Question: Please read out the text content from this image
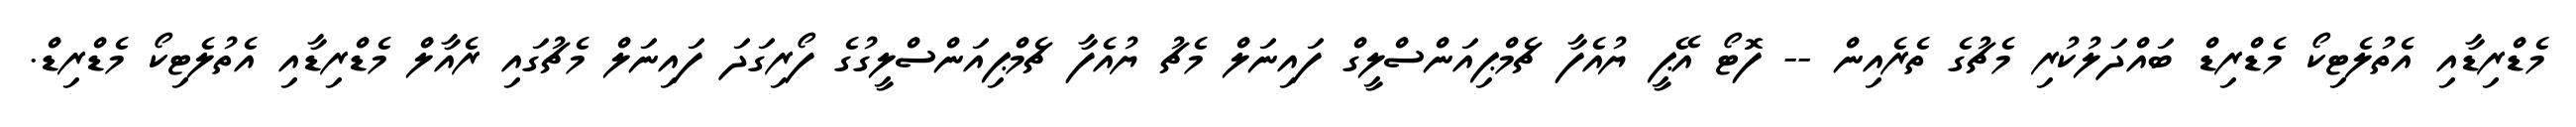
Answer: މެޑްރިޑާއި އެތުލެޓިކޯ މެޑްރިޑް ބައްދަލުކުރި މެޗުގެ ތެރެއިން -- ފޮޓޯ އޭޕީ ޔުއެފާ ޗެމްޕިއަންސްލީގް ފައިނަލް މެޗު ޔުއެފާ ޗެމްޕިއަންސްލީގުގެ ފޯރިގަދަ ފައިނަލް މެޗުގައި ރެއާލް މެޑްރިޑާއި އެތުލެޓިކޯ މެޑްރިޑް.